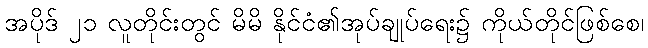
အပိုဒ် ၂၁ လူတိုင်းတွင် မိမိ နိုင်ငံ၏အုပ်ချုပ်ရေး၌ ကိုယ်တိုင်ဖြစ်စေ၊